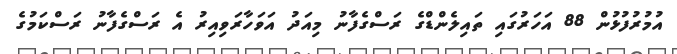
އުމުރުފުޅުން 88 އަހަރުގައި ތައިލެންޑްގެ ރަސްގެފާނު މިއަދު އަވަހާރަވިއިރު އެ ރަސްގެފާނު ރަސްކަމުގެ